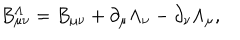
B _ { \mu \nu } ^ { \Lambda } = B _ { \mu \nu } + \partial _ { \mu } \Lambda _ { \nu } - \partial _ { \nu } \Lambda _ { \mu } ,